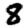
Digit: 8